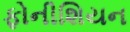
ફોનીશિયન